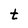
Character: t